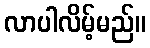
လာပါလိမ့်မည်။